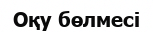
Оқу бөлмесі